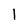
Character: l